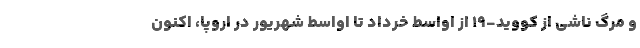
و مرگ ناشی از کووید-۱۹ از اواسط خرداد تا اواسط شهریور در اروپا، اکنون